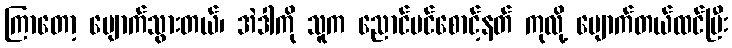
ကြာတော့ ပျောက်သွားတယ်၊ အဲဒါကို သူက ညောင်ပင်စောင့်နတ် ကုလို့ ပျောက်တယ်ထင်ပြီး